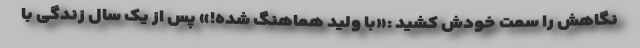
نگاهش را سمت خودش کشید :«با ولید هماهنگ شده!» پس از یک سال زندگی با